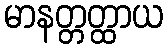
မာနတ္တတ္ထာယ